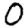
Digit: 0